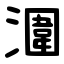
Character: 潿